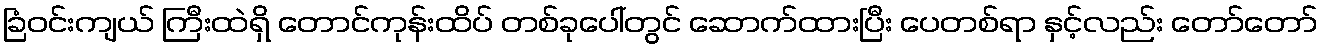
ခြံဝင်းကျယ် ကြီးထဲရှိ တောင်ကုန်းထိပ် တစ်ခုပေါ်တွင် ဆောက်ထားပြီး ပေတစ်ရာ နှင့်လည်း တော်တော်